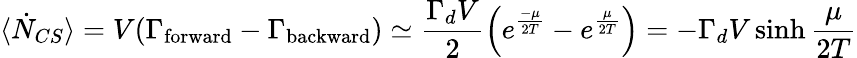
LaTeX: \langle\dot{N}_{CS}\rangle=V(\Gamma_{\mathrm{forward}}-\Gamma_{\mathrm{backward}})\simeq\frac{\Gamma_{d}V}{2}\left(e^{\frac{-\mu}{2T}}-e^{\frac{\mu}{2T}}\right)=-\Gamma_{d}V\sinh\frac{\mu}{2T}